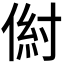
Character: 𰂠